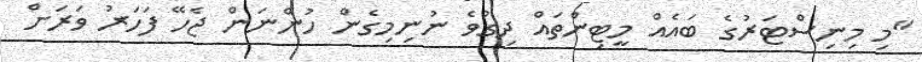
"މި މިނިސްޓަރުގެ ބައެއް މީޓިންތައް ދިގުވެ ނުނިމިގެން ހުންނަން ޖެހޭ ފަހަރު ވަރަށް